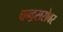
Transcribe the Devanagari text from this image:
चन्द्रसरोवर